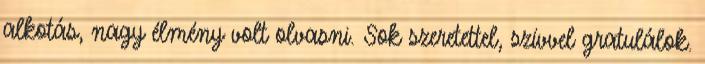
alkotás, nagy élmény volt olvasni. Sok szeretettel, szívvel gratulálok.